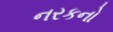
નરકનો